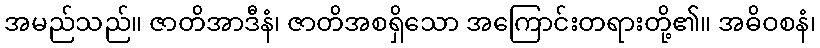
အမည်သည်။ ဇာတိအာဒီနံ၊ ဇာတိအစရှိသော အကြောင်းတရားတို့၏။ အဓိဝစနံ၊